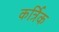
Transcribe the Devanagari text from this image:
कर्त्रिक